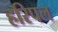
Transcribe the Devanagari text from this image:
हरिपल